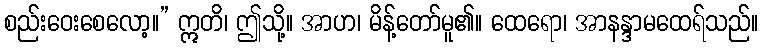
စည်းဝေးစေလော့။” ဣတိ၊ ဤသို့။ အာဟ၊ မိန့်တော်မူ၏။ ထေရော၊ အာနန္ဒာမထေရ်သည်။